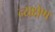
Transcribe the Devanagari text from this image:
न्यक्षेण